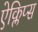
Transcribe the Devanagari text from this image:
ऐक्लिप्स